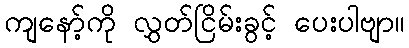
ကျနော့်ကို လွှတ်ငြိမ်းခွင့် ပေးပါဗျာ။